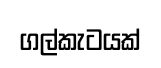
ගල්කැටයක්